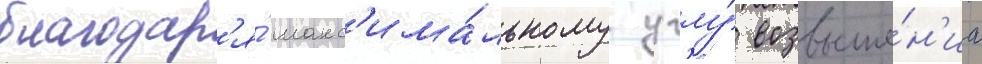
благодар'я́ макс'има́льному углу́ возвыше́н'иа